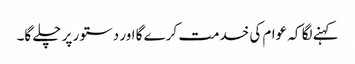
کہنے لگا کہ عوام کی خدمت کرے گا اور دستور پر چلے گا۔